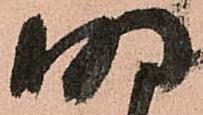
明